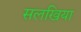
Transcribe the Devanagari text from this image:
सलखिया